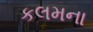
કલમના